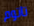
تاتوم